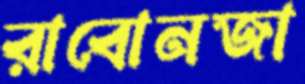
রাবোনজা